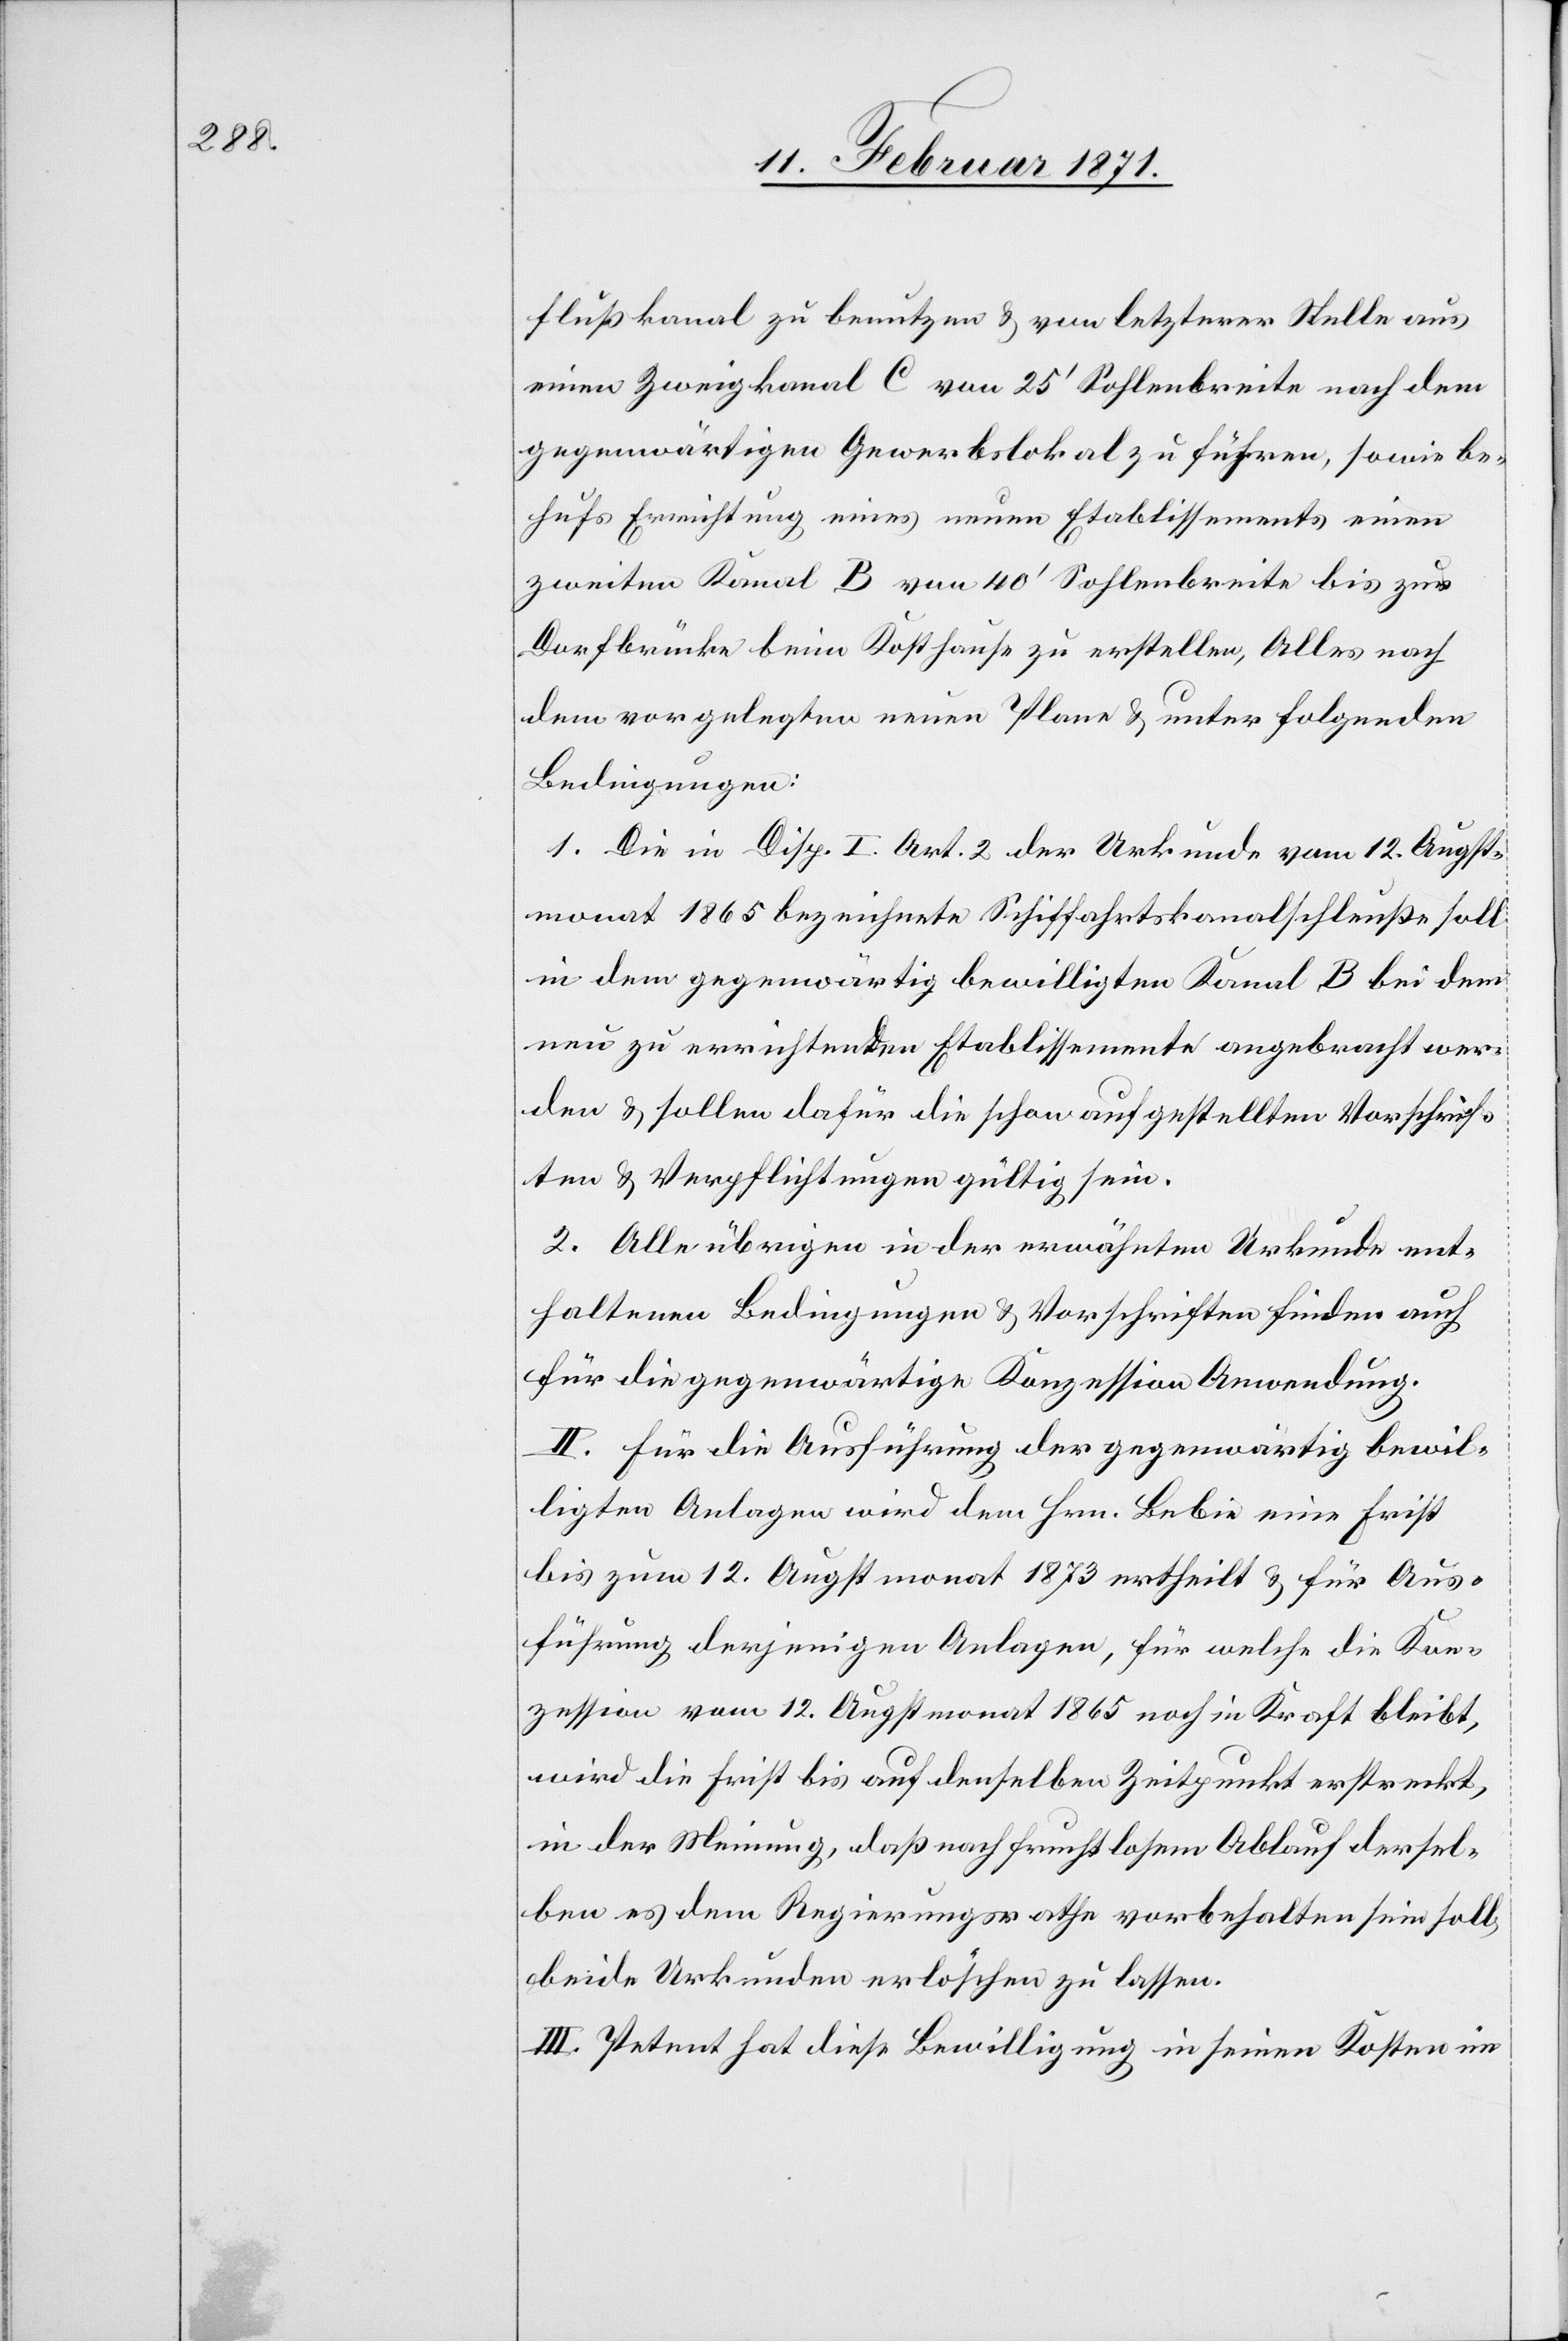
flußkanal zu benutzen u. von letzterer Stelle aus
einen Zweigkanal C von 25‘ Sohlenbreite nach dem
gegenwärtigen Gewerbslokal zu führen, sowie be¬
hufs Errichtung eines neuen Etablissements einen
zweiten Kanal B von 40‘ Sohlenbreite bis zur
Dorfbrücke beim Kosthause zu erstellen, Alles nach
dem vorgelegten neuen Plane u. unter folgenden
Bedingungen:
1. Die in Disp. I. Art. 2 der Urkunde vom 12. Augst¬
monat 1865 bezeichnete Schiffahrtskanalschleuße soll
in dem gegenwärtig bewilligten Kanal B bei dem
neu zu errichtenden Etablissemente angebracht wer¬
den u. sollen dafür die schon aufgestellten Vorschrif¬
ten u. Verpflichtungen gültig sein.
2. Alle übrigen in der erwähnten Urkunde ent¬
haltenen Bedingungen u. Vorschriften finden auch
für die gegenwärtige Konzession Anwendung.
II. Für die Ausführung der gegenwärtig bewil¬
ligten Anlagen wird dem Hrn. Bebie eine Frist
bis zum 12. Augstmonat 1873 ertheilt u. für Aus¬
führung derjenigen Anlagen, für welche die Kon¬
zession vom 12. Augstmonat 1865 noch in Kraft bleibt,
wird die Frist bis auf denselben Zeitpunkt erstreckt,
in der Meinung, daß nach fruchtlosem Ablauf dersel¬
ben es dem Regierungsrathe vorbehalten sein soll,
beide Urkunden erlöschen zu lassen.
III. Petent hat diese Bewilligung in seinen Kosten im